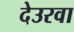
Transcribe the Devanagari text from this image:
देउरवा